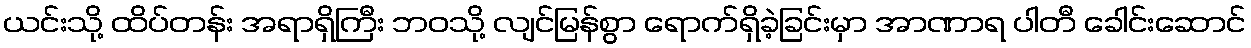
ယင်းသို့ ထိပ်တန်း အရာရှိကြီး ဘဝသို့ လျင်မြန်စွာ ရောက်ရှိခဲ့ခြင်းမှာ အာဏာရ ပါတီ ခေါင်းဆောင်